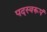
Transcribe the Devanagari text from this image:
पदस्वरूपं